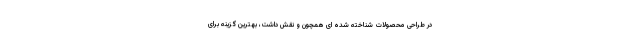
در طراحی محصولات شناخته شده ای همچون و نقش داشت، بهترین گزینه برای